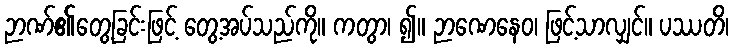
ဉာဏ်၏တွေ့ခြင်းဖြင့် တွေ့အပ်သည်ကို။ ကတွာ၊ ၍။ ဉာဏေနေဝ၊ ဖြင့်သာလျှင်။ ပဿတိ၊